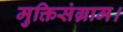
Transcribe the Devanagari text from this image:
मुक्तिसंग्राम।